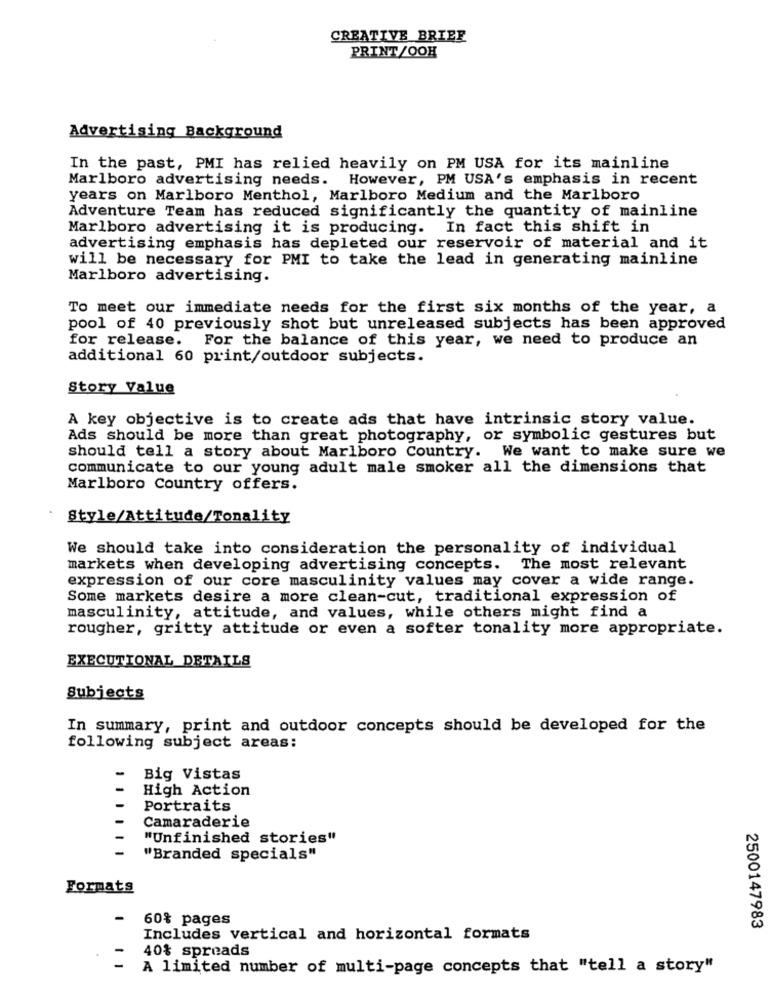
CREATIVE BRIEF
PRINT/OOH
Advertising Background
In the past, PMI has relied heavily on PM USA for its mainline
Marlboro advertising needs. However, PM USA's emphasis in recent
years on Marlboro Menthol, Marlboro Medium and the Marlboro
Adventure Team has reduced significantly the quantity of mainline
Marlboro advertising it is producing. In fact this shift in
advertising emphasis has depleted our reservoir of material and it
will be necessary for PMI to take the lead in generating mainline
Marlboro advertising.
To meet our immediate needs for the first six months of the year, a
pool of 40 previously shot but unreleased subjects has been approved
for release. For the balance of this year, we need to produce an
additional 60 print/outdoor subjects.
Story Value
A key objective is to create ads that have intrinsic story value.
Ads should be more than great photography, or symbolic gestures but
should tell a story about Marlboro Country. We want to make sure we
communicate to our young adult male smoker all the dimensions that
Marlboro Country offers.
Style/Attitude/Tonality
We should take into consideration the personality of individual
markets when developing advertising concepts. The most relevant
expression of our core masculinity values may cover a wide range.
Some markets desire a more clean-cut, traditional expression of
masculinity, attitude, and values, while others might find a
rougher, gritty attitude or even a softer tonality more appropriate.
EXECUTIONAL DETAILS
Subjects
In summary, print and outdoor concepts should be developed for the
following subject areas:
-
Big Vistas
-
High Action
-
Portraits
Camaraderie
"Unfinished stories"
"Branded specials"
Formats
60% pages
2500147983
Includes vertical and horizontal formats
40% spreads
A limited number of multi-page concepts that "tell a story"